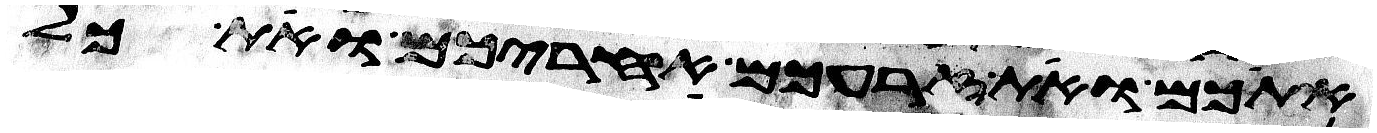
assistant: אתכם ואת זרעכם אחריכם ואת כל